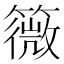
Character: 䉠